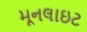
મૂનલાઇટ